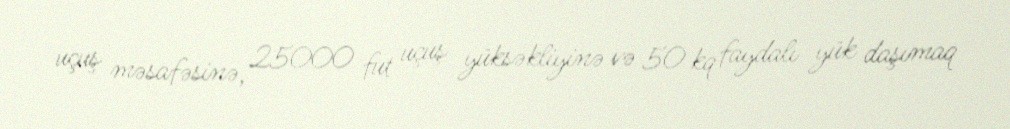
uçuş məsafəsinə, 25000 fut uçuş yüksəkliyinə və 50 kq faydalı yük daşımaq